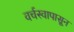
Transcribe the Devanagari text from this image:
वर्चस्वापासून